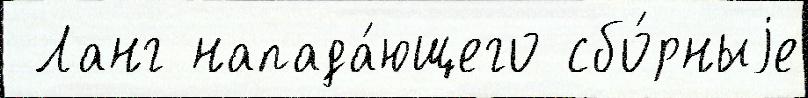
 Ланг напада́ющего сбо́рныjе